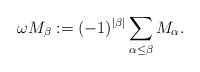
\begin{align*}\omega M_\beta := (-1)^{|\beta|} \sum_{\alpha\le \beta} M_\alpha.\end{align*}